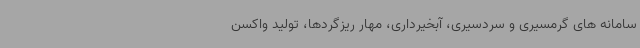
سامانه های گرمسیری و سردسیری، آبخیرداری، مهار ریزگردها، تولید واکسن